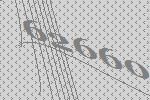
62660